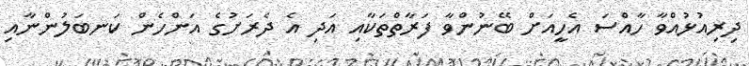
ދިރިއުޅުއްވާ ހާއްސަ އެހީއަށް ބޭނުންވާ ފަރާތްތަކާއި އަދި އެ ދެރަށުގެ އަންހެން ކަނބަލުންނާއި